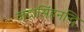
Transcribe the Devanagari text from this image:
जटासिंहनन्दि